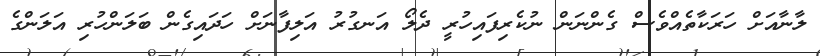
ލާނާއަށް ހަރަކާތެއްވެސް ގެންނަން ނުކެރިފައިހުރީ ދެލޯ އަނގުރު އަލިފާނަށް ހަދައިގެން ބަލަންހުރި އަލަންގެ